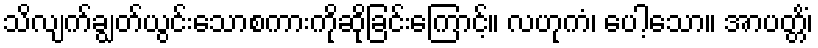
သိလျက်ချွတ်ယွင်းသောစကားကိုဆိုခြင်းကြောင့်။ လဟုကံ၊ ပေါ့သော။ အာပတ္တိံ၊